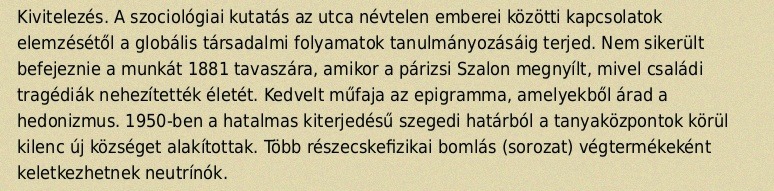
Kivitelezés. A szociológiai kutatás az utca névtelen emberei közötti kapcsolatok elemzésétől a globális társadalmi folyamatok tanulmányozásáig terjed. Nem sikerült befejeznie a munkát 1881 tavaszára, amikor a párizsi Szalon megnyílt, mivel családi tragédiák nehezítették életét. Kedvelt műfaja az epigramma, amelyekből árad a hedonizmus. 1950-ben a hatalmas kiterjedésű szegedi határból a tanyaközpontok körül kilenc új községet alakítottak. Több részecskefizikai bomlás (sorozat) végtermékeként keletkezhetnek neutrínók.